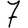
Digit: 7